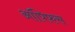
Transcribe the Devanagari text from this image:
ऑपिफस